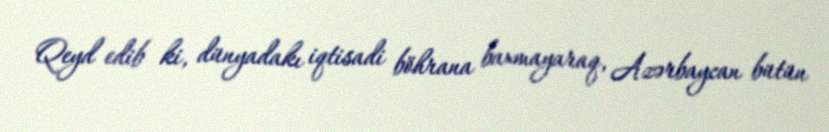
Qeyd edib ki, dünyadakı iqtisadi böhrana baxmayaraq, Azərbaycan bütün